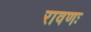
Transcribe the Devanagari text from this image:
रावणः